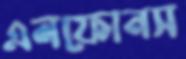
এলফোনস